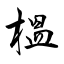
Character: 榲